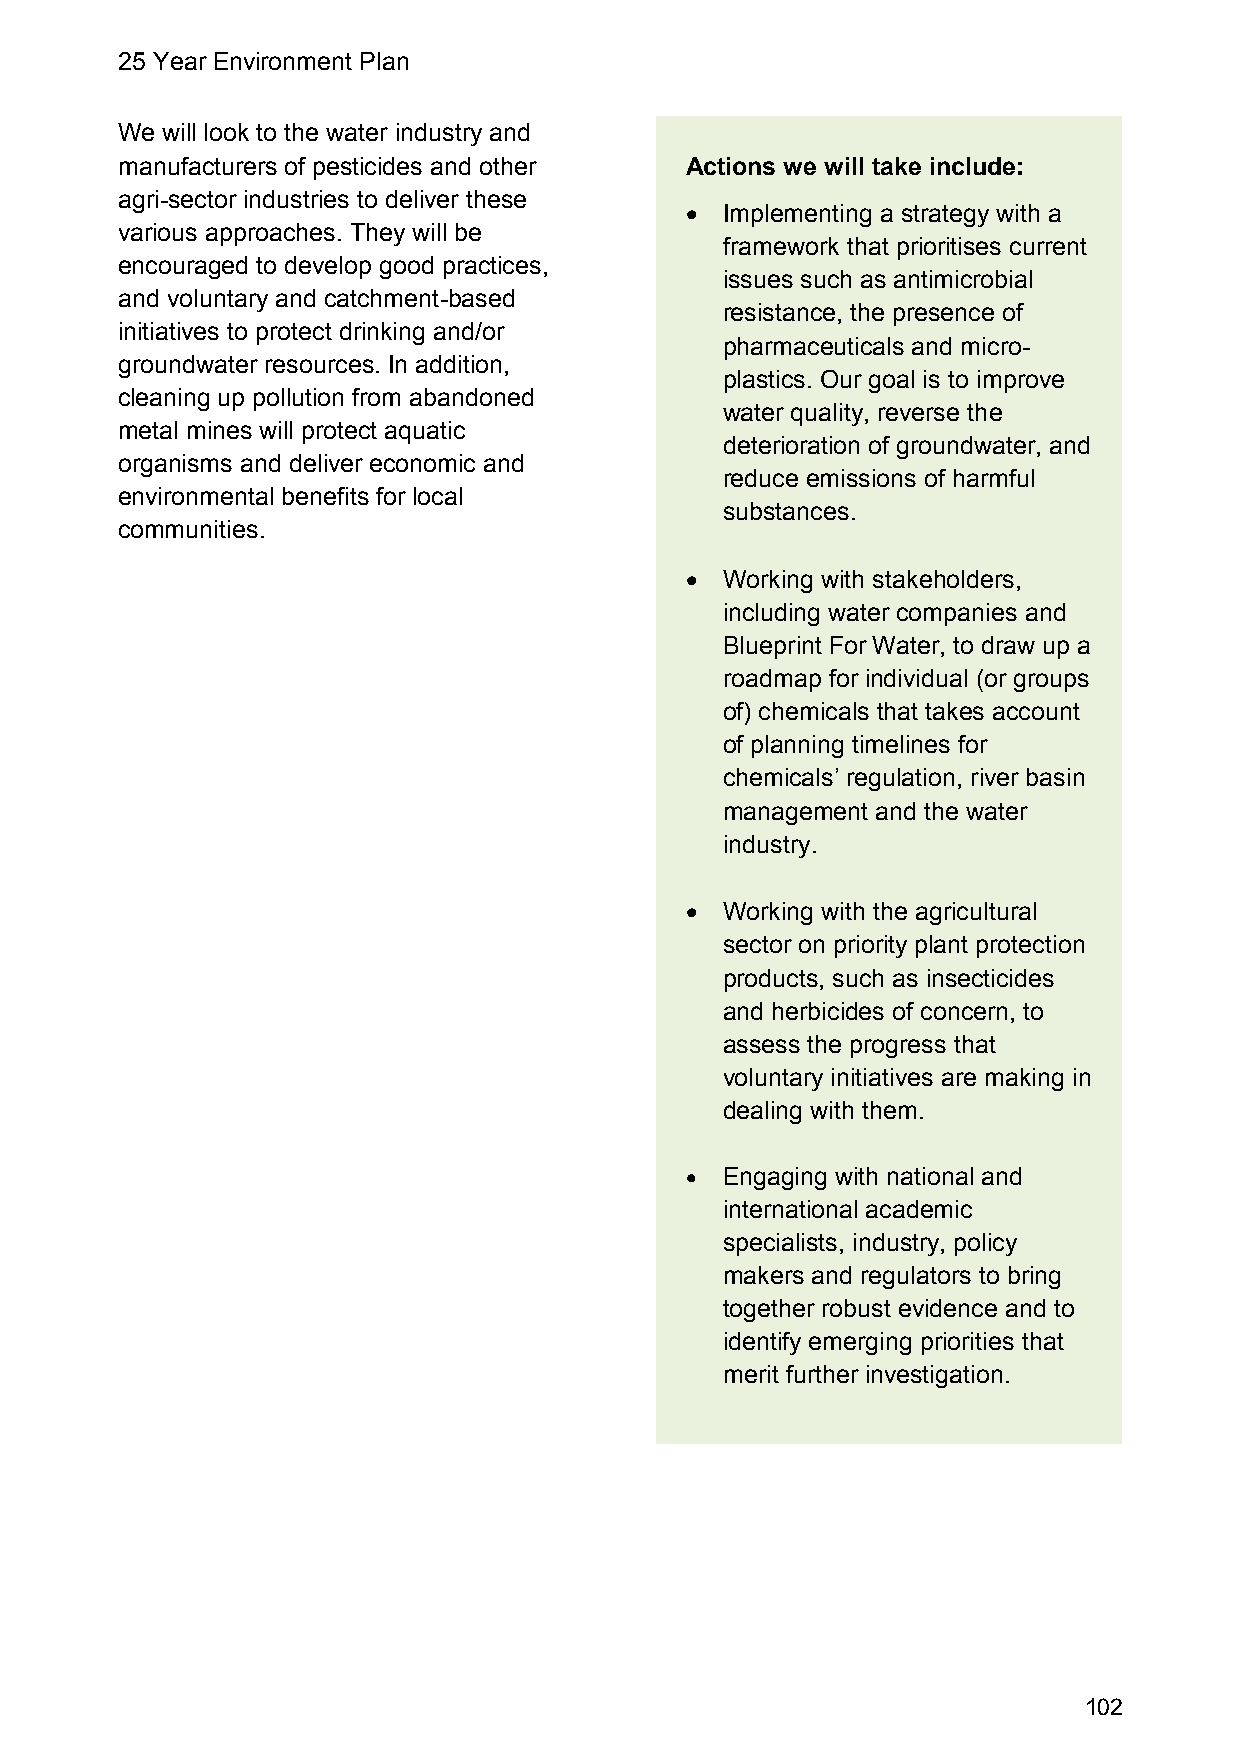
25 Year Environment Plan
 We will look to the water industry and
 manufacturers of pesticides and other Actions we will take include:
 agri-sector industries to deliver these
   Implementing a strategy with a
 various approaches. They will be
 framework that prioritises current
 encouraged to develop good practices,
 issues such as antimicrobial
 and voluntary and catchment-based
 resistance, the presence of
 initiatives to protect drinking and/or
 pharmaceuticals and micro-
 groundwater resources. In addition,
 plastics. Our goal is to improve
 cleaning up pollution from abandoned
 water quality, reverse the
 metal mines will protect aquatic
 deterioration of groundwater, and
 organisms and deliver economic and
 reduce emissions of harmful
 environmental benefits for local
 substances.
 communities.
   Working with stakeholders,
 including water companies and
 Blueprint For Water, to draw up a
 roadmap for individual (or groups
 of) chemicals that takes account
 of planning timelines for
 chemicals’ regulation, river basin
 management and the water
 industry.
   Working with the agricultural
 sector on priority plant protection
 products, such as insecticides
 and herbicides of concern, to
 assess the progress that
 voluntary initiatives are making in
 dealing with them.
   Engaging with national and
 international academic
 specialists, industry, policy
 makers and regulators to bring
 together robust evidence and to
 identify emerging priorities that
 merit further investigation.
 102